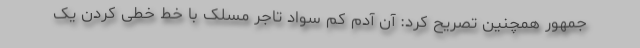
جمهور همچنین تصریح کرد: آن آدم کم سواد تاجر مسلک با خط خطی کردن یک